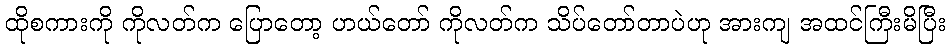
ထိုစကားကို ကိုလတ်က ပြောတော့ ဟယ်တော် ကိုလတ်က သိပ်တော်တာပဲဟု အားကျ အထင်ကြီးမိပြီး